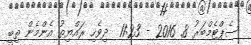
ސެޕްޓެމްބަރު 8